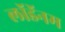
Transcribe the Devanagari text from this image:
लॉडॅनम